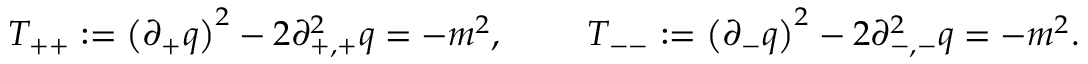
T _ { + + } : = \left( \partial _ { + } q \right) ^ { 2 } - 2 \partial _ { + , + } ^ { 2 } q = - m ^ { 2 } , ~ ~ ~ ~ ~ ~ ~ T _ { -- } : = \left( \partial _ { - } q \right) ^ { 2 } - 2 \partial _ { - , - } ^ { 2 } q = - m ^ { 2 } .